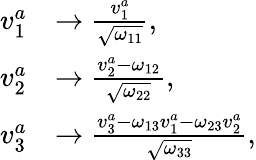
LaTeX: \begin{array}{rl}{v_{1}^{a}}&{\rightarrow\frac{v_{1}^{a}}{\sqrt{\omega_{11}}},}\\ {v_{2}^{a}}&{\rightarrow\frac{v_{2}^{a}-\omega_{12}}{\sqrt{\omega_{22}}},}\\ {v_{3}^{a}}&{\rightarrow\frac{v_{3}^{a}-\omega_{13}v_{1}^{a}-\omega_{23}v_{2}^{a}}{\sqrt{\omega_{33}}},}\end{array}